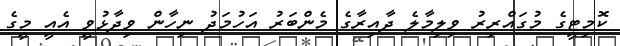
ކޮމިޓީގެ މުގައްރިރު ވިލިމާލެ ދާއިރާގެ މެންބަރު އަހުމަދު ނިހާން ވިދާޅުވީ އެއީ މީގެ